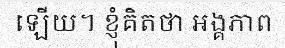
ឡើយ។ ខ្ញុំគិតថា អង្គភាព